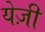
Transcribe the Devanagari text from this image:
येज़ी